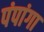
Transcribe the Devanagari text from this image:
पंपांगा